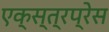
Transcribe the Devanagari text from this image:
एक्स्त्रप्रेस